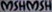
MSHMSH